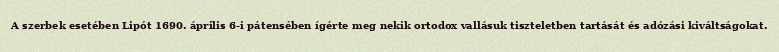
A szerbek esetében Lipót 1690. április 6-i pátensében ígérte meg nekik ortodox vallásuk tiszteletben tartását és adózási kiváltságokat.